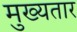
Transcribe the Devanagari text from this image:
मुख्यतार